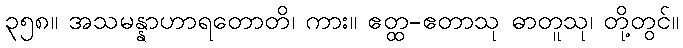
၃၅၈။ အသမန္နာဟာရတောတိ၊ ကား။ ဧတ္ထ-ဧတာသု ဓာတူသု၊ တို့တွင်။